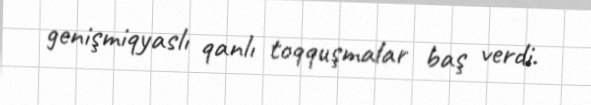
genişmiqyaslı qanlı toqquşmalar baş verdi.